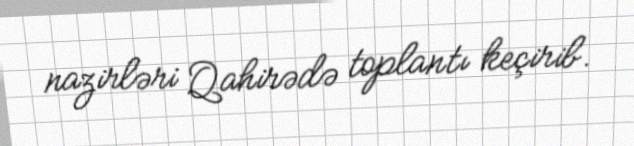
nazirləri Qahirədə toplantı keçirib.